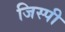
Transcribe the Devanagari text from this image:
जिस्पी